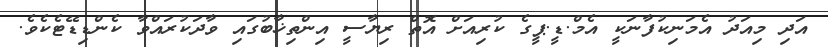
އަދި މިއަދު އެމަނިކުފާނަކީ އެމް.ޑީ.ޕީގެ ކުރިއަށް އޮތް ރިޔާސީ އިންތިޚާބުގައި ވާދަކުރައްވާ ކެންޑިޑޭޓެކެވެ.